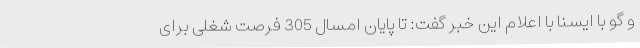
و گو با ایسنا با اعلام این خبر گفت: تا پایان امسال 305 فرصت شغلی برای